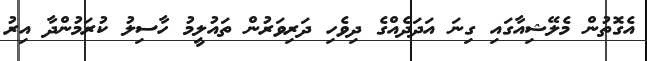
އެގޮތުން މެލޭޝިއާގައި ގިނަ އަދަދެއްގެ ދިވެހި ދަރިވަރުން ތައުލީމު ހާސިލު ކުރަމުންދާ އިރު